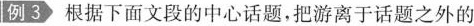
例3 根据下面文段的中心话题，把游离于话题之外的